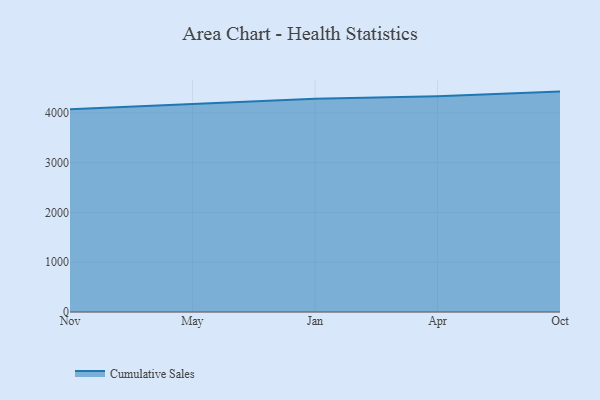
{"axis": {"x": "Month", "y": "Inventory Turnover"}, "legend": ["Cumulative Sales"], "data": [{"x": "Nov", "y": 4074.3, "type": "Cumulative Sales"}, {"x": "May", "y": 4181.8, "type": "Cumulative Sales"}, {"x": "Jan", "y": 4285.4, "type": "Cumulative Sales"}, {"x": "Apr", "y": 4332.2, "type": "Cumulative Sales"}, {"x": "Oct", "y": 4428.0, "type": "Cumulative Sales"}]}